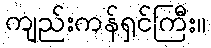
ကျည်းကန်ရှင်ကြီး။